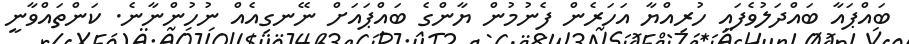
ބައްޕައާ ބައްދަލުވެފައި ހުރިއްޔާ އަހަރެން ފެނުމުން ޔާންގެ ބައްޕައަށް ނޭނގިއެއް ނުހުންނާނެ. ކަންތައްވާނީ